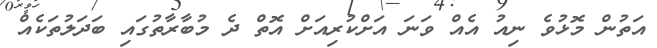
އަތުން މޮޅުވެ ނިއު އެއް ވަނަ އަށްކުރިއަށް އޮތް ދެ މުބާރާތުގައި ބަދަލުތަކެއް